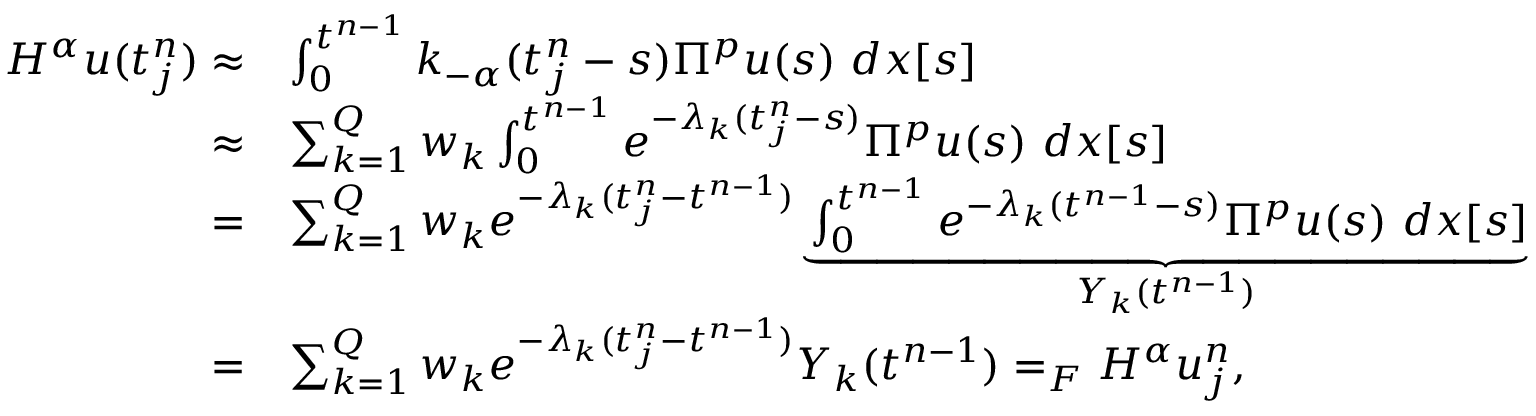
\begin{array} { r l } { H ^ { \alpha } u ( t _ { j } ^ { n } ) \approx } & { \int _ { 0 } ^ { t ^ { n - 1 } } k _ { - \alpha } ( t _ { j } ^ { n } - s ) \Pi ^ { p } u ( s ) \ d x [ s ] } \\ { \approx } & { \sum _ { k = 1 } ^ { Q } w _ { k } \int _ { 0 } ^ { t ^ { n - 1 } } e ^ { - \lambda _ { k } ( t _ { j } ^ { n } - s ) } \Pi ^ { p } u ( s ) \ d x [ s ] } \\ { = } & { \sum _ { k = 1 } ^ { Q } w _ { k } e ^ { - \lambda _ { k } ( t _ { j } ^ { n } - t ^ { n - 1 } ) } \underbrace { \int _ { 0 } ^ { t ^ { n - 1 } } e ^ { - \lambda _ { k } ( t ^ { n - 1 } - s ) } \Pi ^ { p } u ( s ) \ d x [ s ] } _ { Y _ { k } ( t ^ { n - 1 } ) } } \\ { = } & { \sum _ { k = 1 } ^ { Q } w _ { k } e ^ { - \lambda _ { k } ( t _ { j } ^ { n } - t ^ { n - 1 } ) } Y _ { k } ( t ^ { n - 1 } ) = _ { F } H ^ { \alpha } u _ { j } ^ { n } , } \end{array}